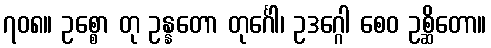
၇၀၈။ ဥစ္စော တု ဥန္နတော တုင်္ဂေါ၊ ဥဒဂ္ဂေါ စေဝ ဥစ္ဆိတော။